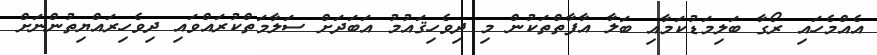
އެއްމެހައި ރޯގާ ބަލިމަޑުކަމާއި ބަލާ އާފާތްތަކުން މި ދިވެހިޤައުމު އަބަދަށް ސަލާމަތްކުރައްވައި ދިވެހިރައްޔިތުންނަށް